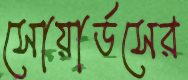
সোয়ার্ডসের